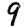
Digit: 9